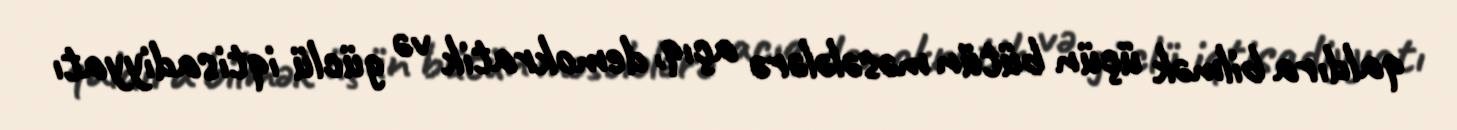
qaldıra bilmək üçün bütün məsələlərə açıq, demokratik və güclü iqtisadiyyatı